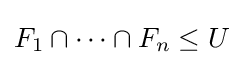
F_{1}\cap \cdots \cap F_{n}\leq U